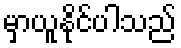
မှာယူနိုင်ပါသည်